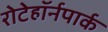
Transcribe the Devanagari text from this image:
रोटेहॉर्नपार्क